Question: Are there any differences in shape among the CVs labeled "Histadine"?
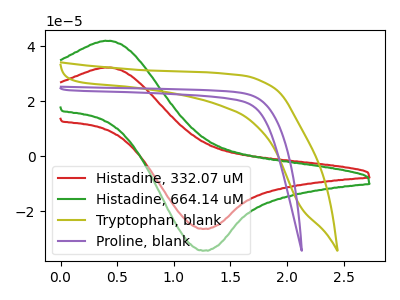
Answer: <think>The red curve "Histadine, 332.07 uM" has an anodic peak at (0.45V, 32.30uA) and a cathodic peak at (1.25V, -26.30uA). The green curve "Histadine, 664.14 uM" has an anodic peak at (0.45V, 42.00uA) and a cathodic peak at (1.25V, -34.20uA). The olive curve "Tryptophan, blank" has no peaks. The purple curve "Proline, blank" has no peaks.
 All the peaks in "Histadine, 332.07 uM" have a peak in "Histadine, 664.14 uM" at the same potential. Every peak in "Histadine, 332.07 uM" is lower than every peak in "Histadine, 664.14 uM". "Histadine, 332.07 uM" and "Tryptophan, blank" have a different number of peaks. "Histadine, 332.07 uM" and "Proline, blank" have a different number of peaks. "Histadine, 664.14 uM" and "Tryptophan, blank" have a different number of peaks. "Histadine, 664.14 uM" and "Proline, blank" have a different number of peaks. Neither "Tryptophan, blank" or "Proline, blank" have any peaks.</think>
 <answer>All the CV's of "Histadine" have similar shape.</answer>
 <eval>follow_rule</eval>